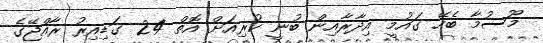
މޫސުމާ ބެހޭ ގައުމީ އިދާރާއިން ބުނީ ކުރިއަށް އޮތް 24 ގަޑިއިރު ރާއްޖޭގެ